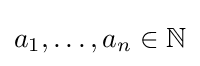
a_{1},\dots ,a_{n}\in \mathbb {N}